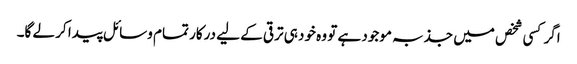
اگر کسی شخص میں جذبہ موجود ہے تو وہ خود ہی ترقی کے لیے درکار تمام وسائل پیدا کر لے گا۔